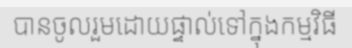
បានចូលរួមដោយផ្ទាល់ទៅក្នុងកម្មវិធី